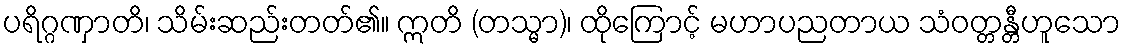
ပရိဂ္ဂဏှာတိ၊ သိမ်းဆည်းတတ်၏။ ဣတိ (တသ္မာ)၊ ထိုကြောင့် မဟာပညတာယ သံဝတ္တန္တီဟူသော